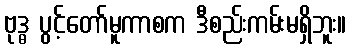
ဗုဒ္ဓ ပွင့်တော်မူကာစက ဒီစည်းကမ်းမရှိဘူး။